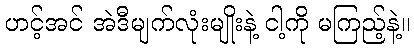
ဟင့်အင် အဲဒီမျက်လုံးမျိုးနဲ့ ငါ့ကို မကြည့်နဲ့။